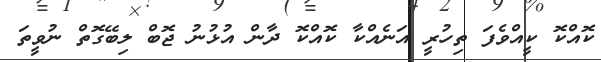
ކޮއްކޮ ކީއްވެފަ ތިހުރީ އަނެއްކާ ކޮއްކޮ ދާން އުޅުނު ޖޮބް ލިބޭގޮތް ނުވީތަ